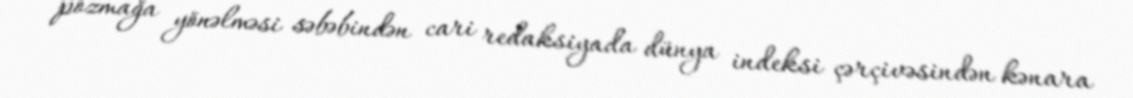
pozmağa yönəlməsi səbəbindən cari redaksiyada dünya indeksi çərçivəsindən kənara